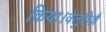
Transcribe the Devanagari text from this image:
किया।वेलुपिल्लै